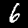
Digit: 6